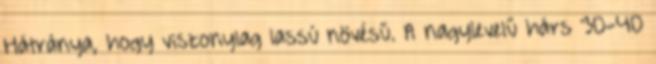
Hátránya, hogy viszonylag lassú növésű. A nagylevelű hárs 30-40